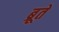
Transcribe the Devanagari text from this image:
ब्रूते